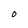
Character: O